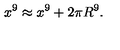
x ^ { 9 } \approx x ^ { 9 } + 2 \pi R ^ { 9 } .